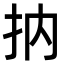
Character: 抐